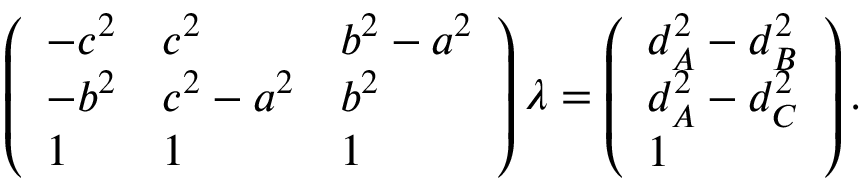
\left( { \begin{array} { l l l } { - c ^ { 2 } } & { c ^ { 2 } } & { b ^ { 2 } - a ^ { 2 } } \\ { - b ^ { 2 } } & { c ^ { 2 } - a ^ { 2 } } & { b ^ { 2 } } \\ { 1 } & { 1 } & { 1 } \end{array} } \right) { \boldsymbol { \lambda } } = \left( { \begin{array} { l } { d _ { A } ^ { 2 } - d _ { B } ^ { 2 } } \\ { d _ { A } ^ { 2 } - d _ { C } ^ { 2 } } \\ { 1 } \end{array} } \right) .